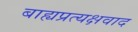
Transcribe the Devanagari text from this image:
बाह्यप्रत्यक्षवाद